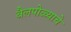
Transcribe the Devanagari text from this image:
बैलपोळ्याचे